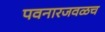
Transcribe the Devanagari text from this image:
पवनारजवळच